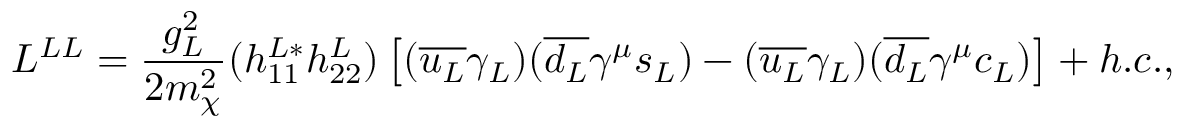
{ \cal L } ^ { L L } = \frac { g _ { L } ^ { 2 } } { 2 m _ { \chi } ^ { 2 } } ( h _ { 1 1 } ^ { L * } h _ { 2 2 } ^ { L } ) \left[ ( \overline { { { u _ { L } } } } \gamma _ { L } ) ( \overline { { { d _ { L } } } } \gamma ^ { \mu } s _ { L } ) - ( \overline { { { u _ { L } } } } \gamma _ { L } ) ( \overline { { { d _ { L } } } } \gamma ^ { \mu } c _ { L } ) \right] + h . c . ,